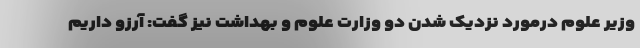
وزیر علوم درمورد نزدیک شدن دو وزارت علوم و بهداشت نیز گفت: آرزو داریم